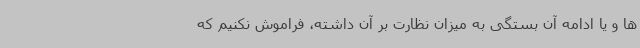
ها و یا ادامه آن بستگی به میزان نظارت بر آن داشته، فراموش نکنیم که